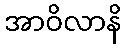
အာဝိလာနိ